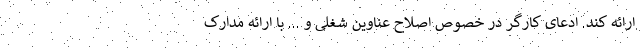
ارائه کند. ادعای کارگر در خصوص اصلاح عناوین شغلی و ... با ارائه مدارک